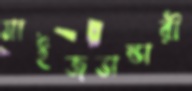
মাইজভান্ডারী